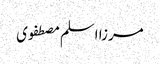
مرزا اسلم مصطفوی